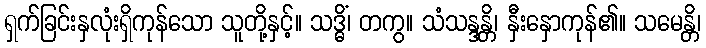
ရှက်ခြင်းနှလုံးရှိကုန်သော သူတို့နှင့်။ သဒ္ဓိံ၊ တကွ။ သံသန္ဒန္တိ၊ နှီးနှောကုန်၏။ သမေန္တိ၊